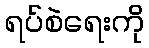
ရပ်စဲရေးကို